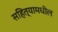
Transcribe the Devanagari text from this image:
सहित्यामधील